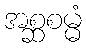
အစ္ဆစမ္မံ